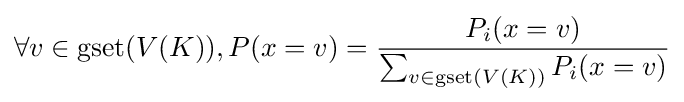
\forall v\in \operatorname {gset} (V(K)),P(x=v)={\frac {P_{i}(x=v)}{\sum _{v\in \operatorname {gset} (V(K))}P_{i}(x=v)}}